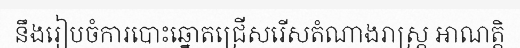
នឹងរៀបចំការបោះឆ្នោតជ្រើសរើសតំណាងរាស្ត្រ អាណត្តិ